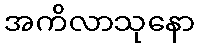
အကိလာသုနော